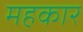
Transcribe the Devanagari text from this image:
महकार